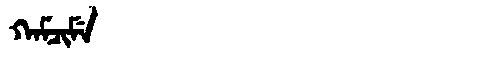
Manchu: ᡴᠠᠮᠴᡳᠮᡝ
Romanization: KAMCIME